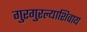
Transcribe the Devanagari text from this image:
गुरगुरल्याशिवाय